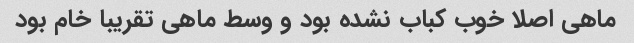
ماهی اصلا خوب کباب نشده بود و وسط ماهی تقریبا خام بود